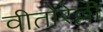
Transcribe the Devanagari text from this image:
वीतोरेल्ली